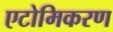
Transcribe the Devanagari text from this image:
एटोमिकरण